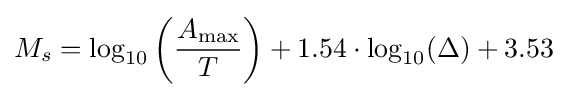
M_{s}=\log _{10}\left({\frac {A_{\text{max}}}{T}}\right)+1.54\cdot \log _{10}(\Delta )+3.53